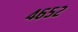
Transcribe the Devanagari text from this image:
४६५२